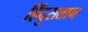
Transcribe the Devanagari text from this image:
हिंदुसतान